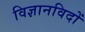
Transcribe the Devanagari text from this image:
विज्ञानविदों